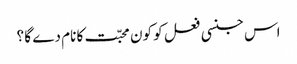
اس جنسی فعل کو کون محبّت کا نام دے گا ؟